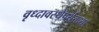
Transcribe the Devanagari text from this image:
वृध्दावस्थेपर्यंतच्या